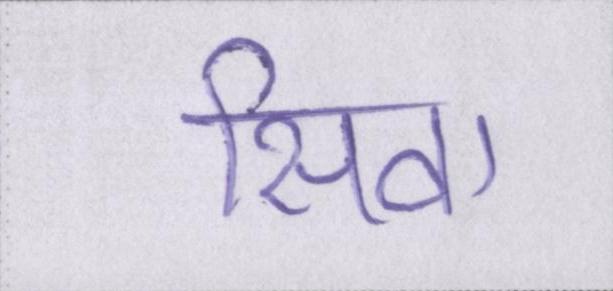
सिवा